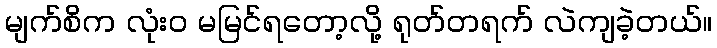
မျက်စိက လုံးဝ မမြင်ရတော့လို့ ရုတ်တရက် လဲကျခဲ့တယ်။